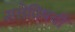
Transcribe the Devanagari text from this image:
सत्तेविषयी